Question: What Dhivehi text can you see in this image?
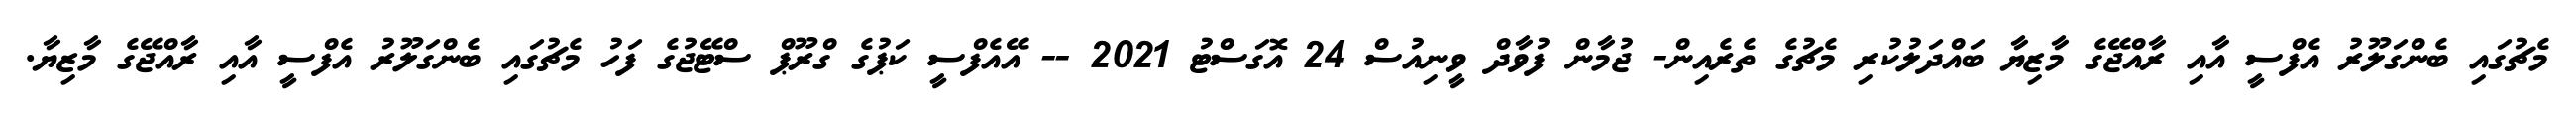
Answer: މެޗުގައި ބެންގަލޫރު އެފްސީ އާއި ރާއްޖޭގެ މާޒިޔާ ބައްދަލުކުރި މެޗުގެ ތެރެއިން- ޖުމާން ފުވާދް ވީނިއުސް 24 އޮގަސްޓު 2021 -- އޭއެފްސީ ކަޕުގެ ގްރޫޕް ސްޓޭޖުގެ ފަހު މެޗުގައި ބެންގަލޫރު އެފްސީ އާއި ރާއްޖޭގެ މާޒިޔާ.